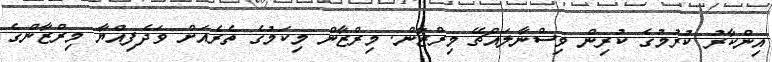
އިންކާރު ކުރުމުގެ ކުރިން ވިސްނާލައްޗޭ މިރްޒާން. މިރްޒާން މިކަމުގެ ތެރެއަށް ވަދެފިއްޔާ މިރްޒާންގެ